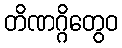
တိဏဂ္ဂိတွေဝ